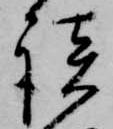
談